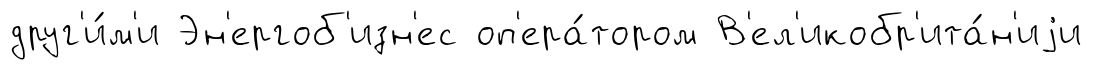
друг'и́м'и Эн'ергоб'изн'ес оп'ера́тором В'ел'икобр'ита́н'иjи